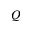
{ \cal Q }